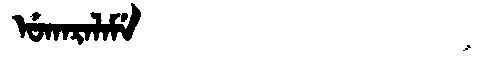
Manchu: ᡠᡴᠠᡵᠠᠯᠠᠮᡝ
Romanization: UKARALAME